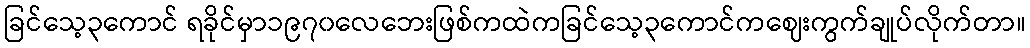
ခြင်သေ့၃ကောင် ရခိုင်မှာ၁၉၇၀လေဘေးဖြစ်ကထဲကခြင်သေ့၃ကောင်ကဈေးကွက်ချုပ်လိုက်တာ။